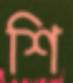
শি